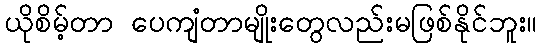
ယိုစိမ့်တာ ပေကျံတာမျိုးတွေလည်းမဖြစ်နိုင်ဘူး။